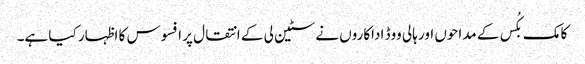
کامک بکُس کے مداحوں اور ہالی ووڈ اداکاروں نے سٹین لی کے انتقال پر افسوس کا اظہار کیا ہے۔